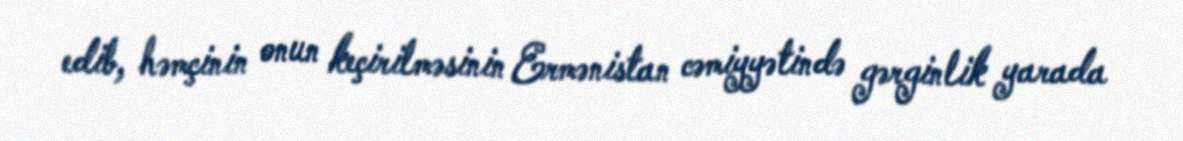
edib, həmçinin onun keçirilməsinin Ermənistan cəmiyyətində gərginlik yarada